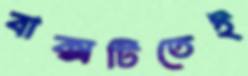
বাক্সটিতেই